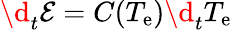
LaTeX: \d_{t}\mathcal{E}=C(T_{\mathrm{e}})\d_{t}T_{\mathrm{e}}